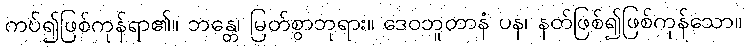
ကပ်၍ဖြစ်ကုန်ရာ၏။ ဘန္တေ၊ မြတ်စွာဘုရား။ ဒေဝဘူတာနံ ပန၊ နတ်ဖြစ်၍ဖြစ်ကုန်သော။